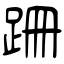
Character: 跚